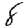
Digit: 8